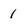
Character: 1